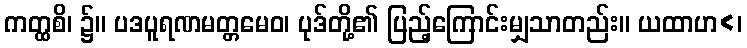
ကတ္ထစိ၊ ၌။ ပဒပူရဏမတ္တမေဝ၊ ပုဒ်တို့၏ ပြည့်ကြောင်းမျှသာတည်း။ ယထာဟ<၊